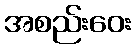
အစည်းဝေး